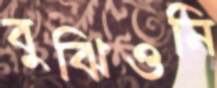
বুঝিওনি